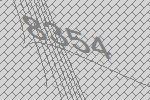
8354